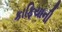
કાફિયાની